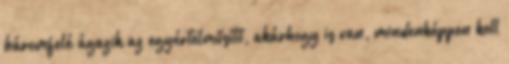
háromfelé ágazik az egyértelműsítő, akárhogy is van, mindenképpen kell